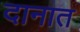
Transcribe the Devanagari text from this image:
दानात